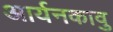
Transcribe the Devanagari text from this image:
आर्यनकावु